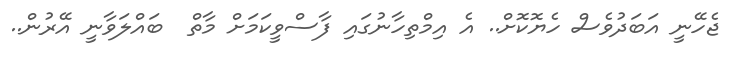
ޖެހޭނީ އަަަަަަަބަދުވެސް ހެޔޮކޮށް.. އެ އިިިމްތިހާނުގައި ފާާާާާސްވީކަމަށް މާާތް  ބައްލަވާނީ އޭރުން..